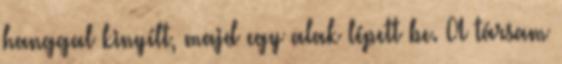
hanggal kinyílt, majd egy alak lépett be. A társam